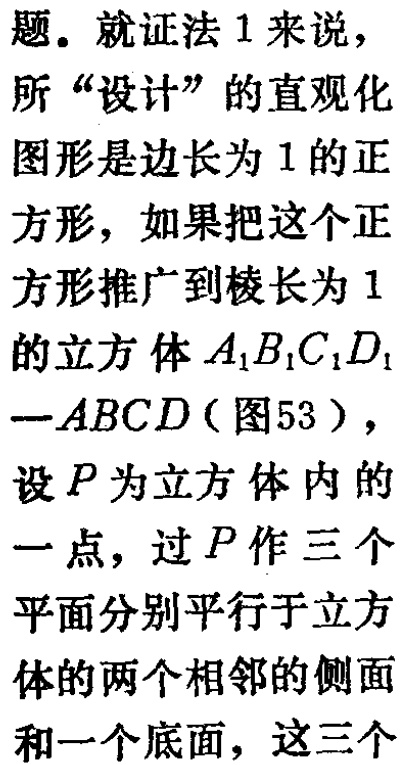
题。就证法 1 来说，
所“设计”的直观化
图形是边长为 1 的正
方形，如果把这个正
方形推广到棱长为 1
的立方体\(A_{1}B_{1}C_{1}D_{1}\)
—\(ABCD\)（图53），
设\(P\)为立方体内的
一点，过\(P\)作三个
平面分别平行于立方
体的两个相邻的侧面
和一个底面，这三个